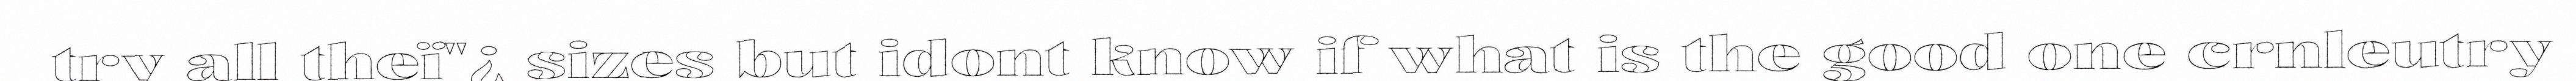
try all theï"¿ sizes but idont know if what is the good one crnleutry